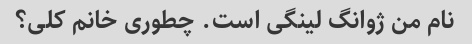
نام من ژوانگ لینگی است. چطوری خانم کلی؟